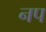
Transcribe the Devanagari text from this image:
नप